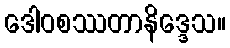
ဒေါဝစဿတာနိဒ္ဒေသ။